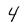
Character: 4